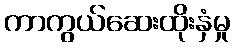
ကာကွယ်ဆေးထိုးနှံမှု